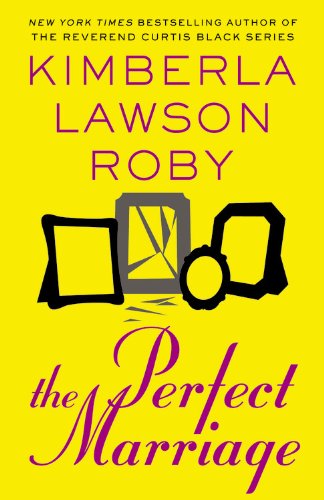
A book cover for The Perfect Marriage; Kimberla Lawson Roby; Literature & Fiction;